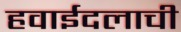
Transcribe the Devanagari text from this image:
हवाईदलाची